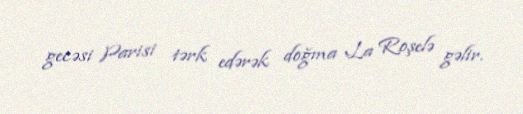
gecəsi Parisi tərk edərək doğma La Roşelə gəlir.